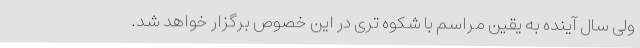
ولی سال آینده به یقین مراسم با شکوه تری در این خصوص برگزار خواهد شد.